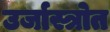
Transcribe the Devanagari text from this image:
उर्जास्त्रोत